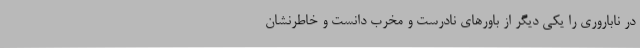
در ناباروری را یکی دیگر از باور‌های نادرست و مخرب دانست و خاطرنشان